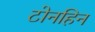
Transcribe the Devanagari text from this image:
टोनहिन